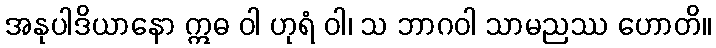
အနုပါဒိယာနော ဣဓ ဝါ ဟုရံ ဝါ၊ သ ဘာဂဝါ သာမညဿ ဟောတိ။